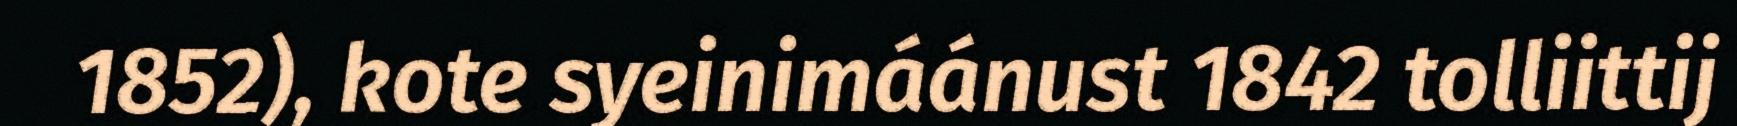
1852), kote syeinimáánust 1842 tolliittij